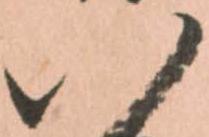
八